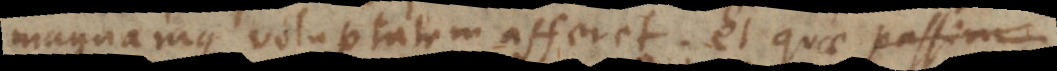
magnamque voluptatem afferet; et quae passim